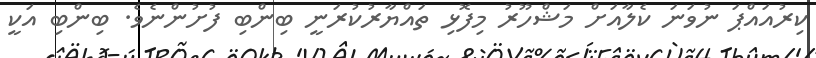
ކިރުއައްޕަ ނުވަނަ ކެލާއަށް މަޝްހޫރު މިފޮޅި ތައްޔާރުކުރަނީ ބިންބި ފުށުންނެވެ. ބިންބި އަކީ